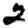
Digit: 2